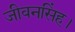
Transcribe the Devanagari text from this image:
जीवनसिंह।